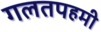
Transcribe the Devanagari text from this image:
गलतपहमी